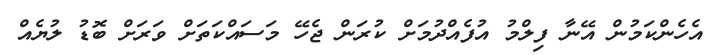
އެހެންކަމުން އޭނާ ފިލްމު އުފެއްދުމަށް ކުރަން ޖެހޭ މަސައްކަތަށް ވަރަށް ބޮޑު ލުޔެއް